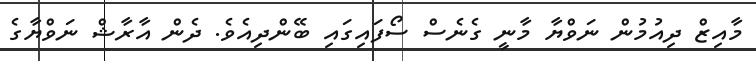
މާއިޒް ދިއުމުން ނަވްޔާ މާނީ ގެނެސް ސޯފައިގައި ބޭންދިއެވެ. ދެން އާރާޝް ނަވްޔާގެ